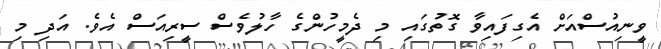
ވީނިއުސްއަށް އެގިފައިވާ ގޮތުގައި މި ދެމީހުންގެ ހާލުވެސް ސީރިއަސް އެވެ. އަދި މި